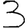
Digit: 3